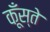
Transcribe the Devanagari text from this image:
कूँस्ते